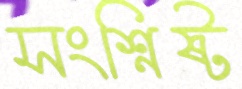
সংশ্নিষ্ট